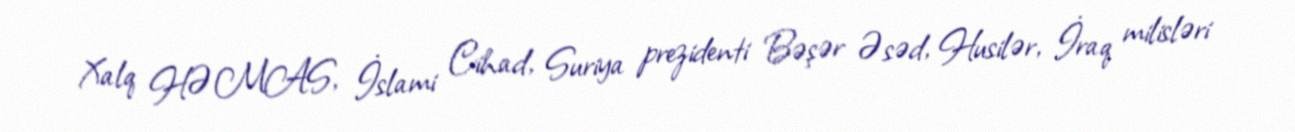
Xalq HƏMAS, İslami Cihad, Suriya prezidenti Bəşər Əsəd, Husilər, İraq milisləri